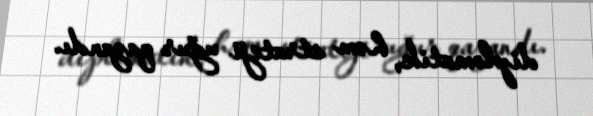
diplomatik, həm strateji uğur qazandı.